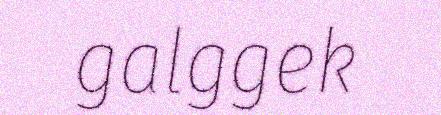
galggek